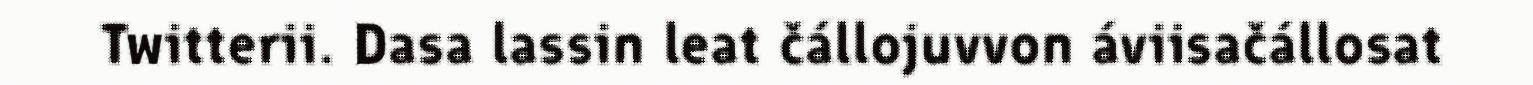
Twitterii. Dasa lassin leat čállojuvvon áviisačállosat